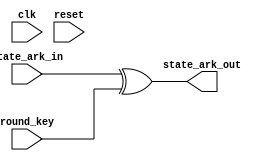
`timescale 1ns / 1ps


module add_round_key(
    input wire clk,
    input wire reset,
    input wire [127:0] round_key,
    input wire [127:0] state_ark_in,
    output wire [127:0] state_ark_out
	);
	
	
	
	
	//Internal logic
	reg [127:0] round_key_temp;
	reg [127:0] state_ark_out_temp; 
	reg [127:0] state_ark_out_next;
	
	
	
//	always @(posedge clk)
//    begin
//        state_ark_out_reg <= state_ark_out_next;
//    end
	
	always @*
    begin
    	//Combinational logic
    	round_key_temp = round_key;
    	state_ark_out_temp = state_ark_in;
    	//Add Round Key
        state_ark_out_next = state_ark_out_temp[127:0] ^ round_key_temp[127:0];
    end
    
    assign state_ark_out = state_ark_out_next;
	
	
endmodule